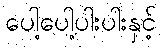
ပေါ့ပေါ့ပါးပါးနှင့်